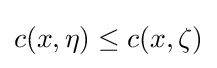
c(x,\eta )\leq c(x,\zeta )